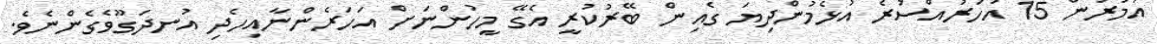
އުމުރުން 15 އަހަރުއްސުރެ އުޅެމުންދިޔަ ގެއިން ބޭރުކުރީ އެގޭ މީހުންނަށް އަހަރެންނާއިހެދި އުނދަގޫވެގެންނެވެ.